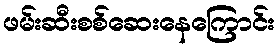
ဖမ်းဆီးစစ်ဆေးနေကြောင်း